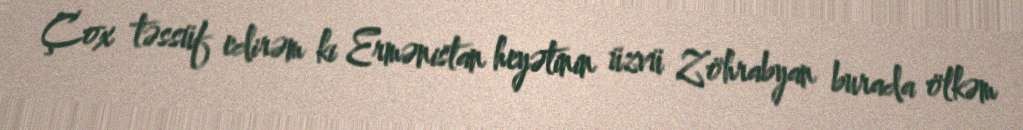
Çox təssüf edirəm ki Ermənistan heyətinin üzvü Zöhrabyan burada ölkəm